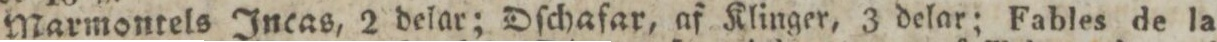
Marmontels Incas, 2 delar; Dſchafar, af Klinger, 3 delar; Fables de la